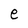
Character: e